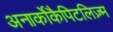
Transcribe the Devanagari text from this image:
अनार्कोकैपिटलिज़्म